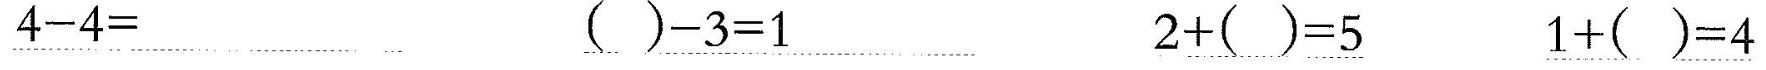
\underline{$$4 - 4 =$$} \underline{$$( ) - 3 = 1$$} \underline{$$2 + ( ) = 5$$} \underline{$$1 + ( ) = 4$$}